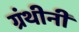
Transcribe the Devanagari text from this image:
ग्रंथीनी